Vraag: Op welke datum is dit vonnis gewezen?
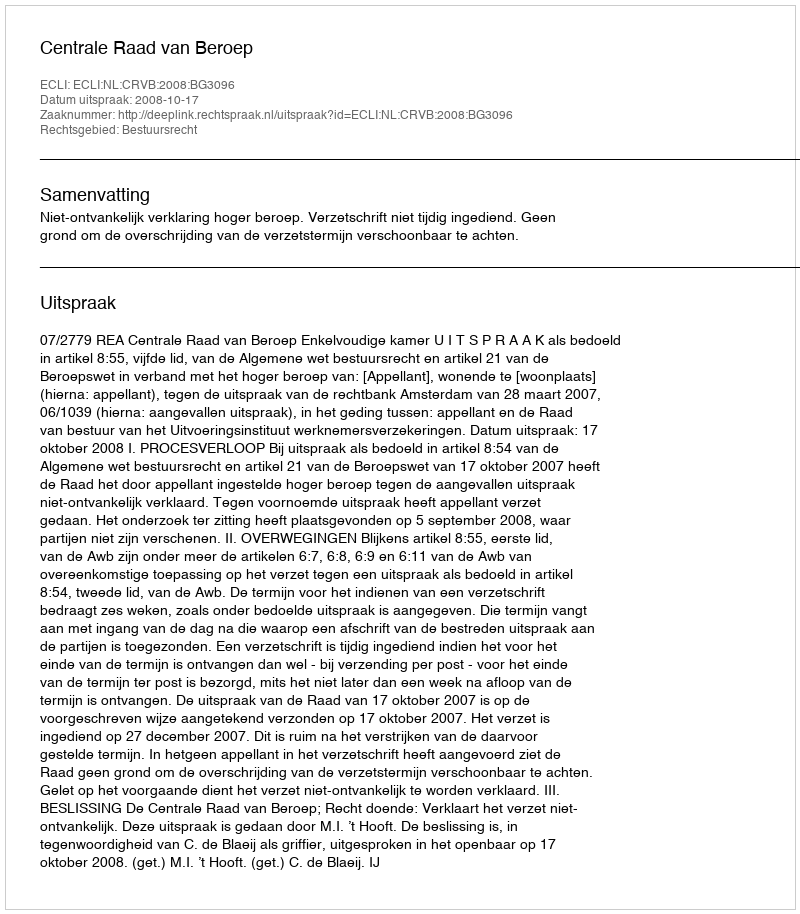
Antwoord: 2008-10-17